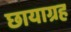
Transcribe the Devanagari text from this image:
छायाग्रह